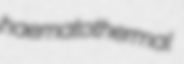
haematothermal